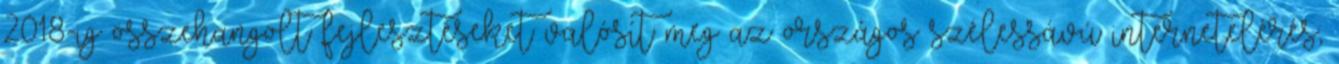
2018-ig összehangolt fejlesztéseket valósít meg az országos szélessávú internetelérés,